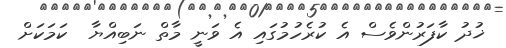
ޚުދު ކާފަރުންވެސް އެ ކުރެހުމުގައި އެ ވަނީ މާތް ނަބިއްޔާ  ކަމަކަށް